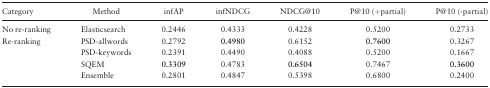
<table><thead><tr><td><b>Category</b></td><td><b>Method</b></td><td><b>infAP</b></td><td><b>infNDCG</b></td><td><b>NDCG@10</b></td><td><b>P@10 (+partial)</b></td><td><b>P@10 (-partial)</b></td></tr></thead><tbody><tr><td>No re-ranking</td><td>Elasticsearch</td><td>0.2446</td><td>0.4333</td><td>0.4228</td><td>0.5200</td><td>0.2733</td></tr><tr><td rowspan="4">Re-ranking</td><td>PSD-allwords</td><td>0.2792</td><td><b>0.4980</b></td><td>0.6152</td><td><b>0.7600</b></td><td>0.3267</td></tr><tr><td>PSD-keywords</td><td>0.2391</td><td>0.4490</td><td>0.4088</td><td>0.5200</td><td>0.1667</td></tr><tr><td>SQEM</td><td><b>0.3309</b></td><td>0.4783</td><td><b>0.6504</b></td><td>0.7467</td><td><b>0.3600</b></td></tr><tr><td>Ensemble</td><td>0.2801</td><td>0.4847</td><td>0.5398</td><td>0.6800</td><td>0.2400</td></tr></tbody></table>